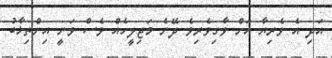
އަދި އެ ވެރިޔާ އަށް ވާގިވެރިވެ ދޭނެ މަޖިލީހެއް ވެސް ވަނީ އިންތިޚާބު